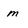
Character: m